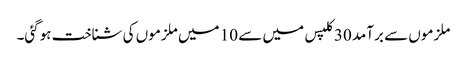
ملزموں سے برآمد 30 کلپس میں سے 10 میں ملزموں کی شناخت ہوگئی۔